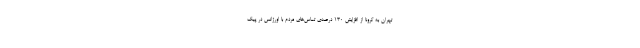
تهران به کرونا از افزایش ۱۳۰ درصدی تماس‌های مردم با اورژانس در پیک